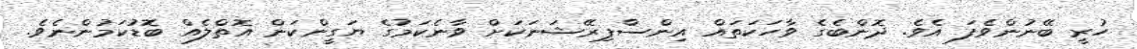
ހުރީ ބޭނުންވެފަ އެވެ. ދޮންބެގެ ވާހަކަތައް އިންސްޕިރޭޝަނަކަށް ވާނެކަމުގެ ޔަގީންކަން އޮތްލެއް ބޮޑުކަމުންނެވެ.